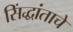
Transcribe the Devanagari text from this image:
सिंद्धांताचे